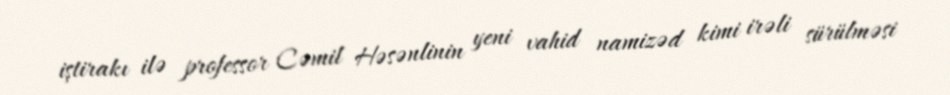
iştirakı ilə professor Cəmil Həsənlinin yeni vahid namizəd kimi irəli sürülməsi